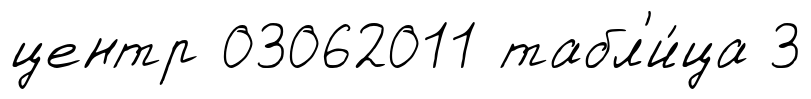
центр 03062011 табл'и́ца 3